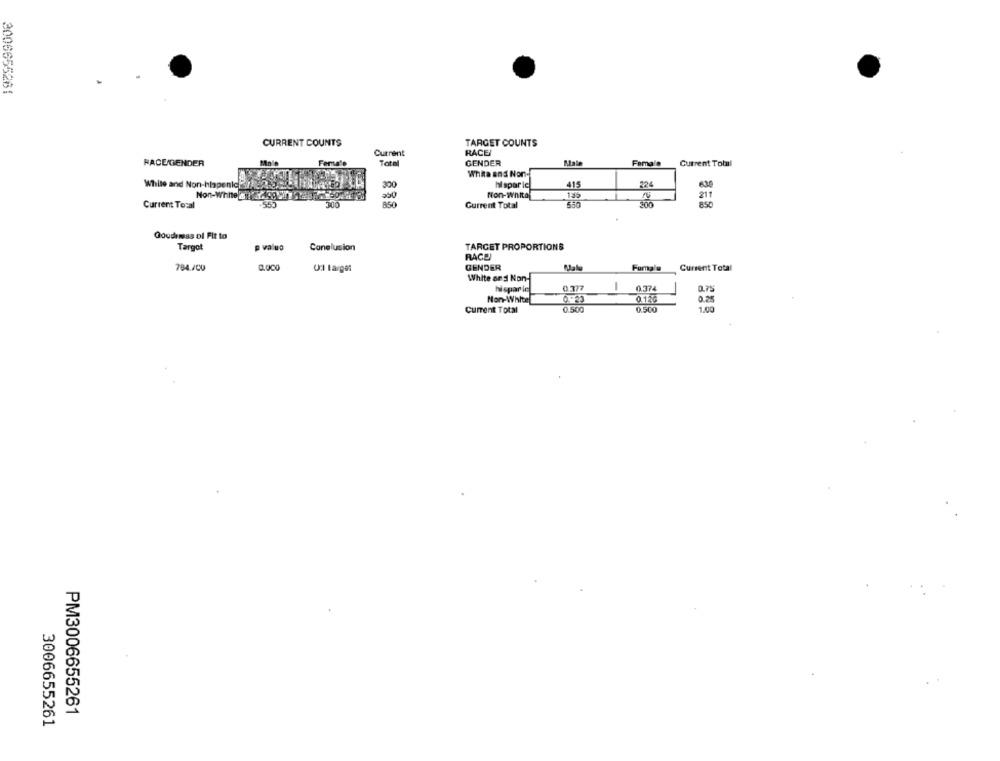
2006655261
CURRENT COUNTS
TARGET COUNTS
Current
RACE
RACE/GENDER
Female
Total
GENDER
Female
Current Total
White and Non
415
White and Non-hlapenic?
300
hispar le
22
Non-White # 22499Wieb7. co.
Non-whita
Current Tosal
300
Current Total
Goudemess Di Fit to
Targot
p value
Conclusion
TARGET PROPORTIONS
RACE
794./00
GENDER
Current Total
Ul Larget
Furnala
White and Non-
hispar le
0.377
-
0.374
Non-White
0:23
0.25
0.120
Current Total
0.500
0.500
1.00
PM3006655261
3006655261